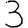
Digit: 3